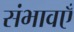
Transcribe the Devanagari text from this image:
संभावएँ